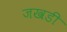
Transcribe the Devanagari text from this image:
जखडी